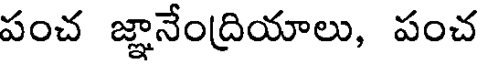
పంచ జ్ఞానేంద్రియాలు, పంచ